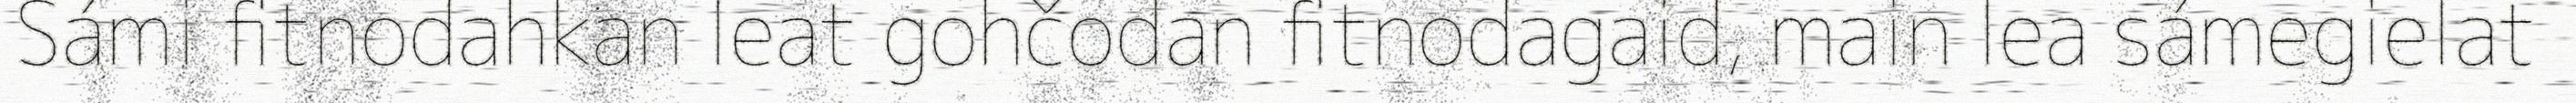
Sámi fitnodahkan leat gohčodan fitnodagaid, main lea sámegielat